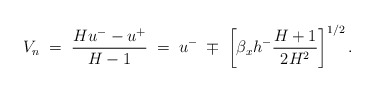
\begin{align*}V_n \; =\; \dfrac{Hu^--u^+}{H-1} \; = \;u^- \; \mp \; \left[\beta_x h^- \dfrac{H+1}{2 H^2}\right]^{1/2}.\end{align*}